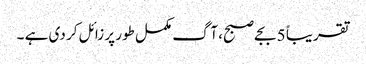
تقریباً 5 بجے صبح، آگ مکمل طور پر زائل کر دی ہے ۔